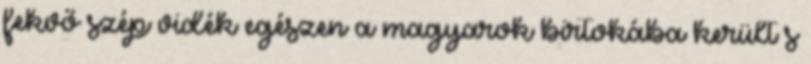
fekvő szép vidék egészen a magyarok birtokába került s